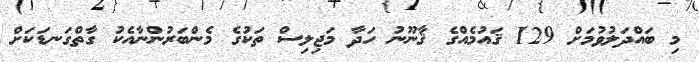
މި ބައްދަލުވުމަށް 129 ޤައުމެއްގެ ޤާނޫނު ހަދާ މަޖިލިސް ތަކުގެ މެންބަރުންނާއެކު ގާތްގަނޑަކަށް